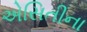
એસિતીના